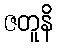
ဇတူနိ